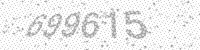
Solution: 699615